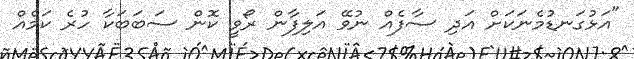
"އަޅުގަނޑުމެނަކަށް އަދި ސާފެއް ނުވޭ އަލިފާން ރޯވީ ކޮން ސަބަބަކާ ހުރެ ކަމެއް